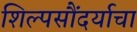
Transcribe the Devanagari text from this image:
शिल्पसौंदर्याचा